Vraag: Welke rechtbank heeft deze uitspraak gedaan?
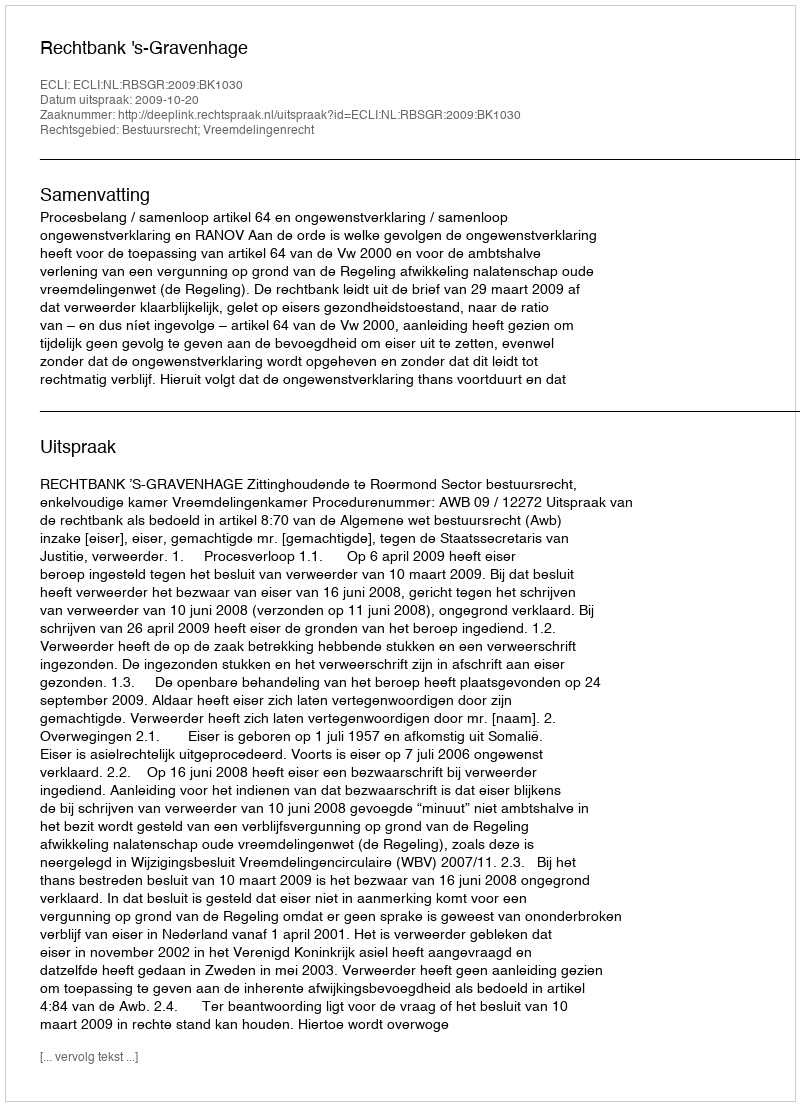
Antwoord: Rechtbank 's-Gravenhage